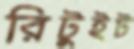
রিটুইট